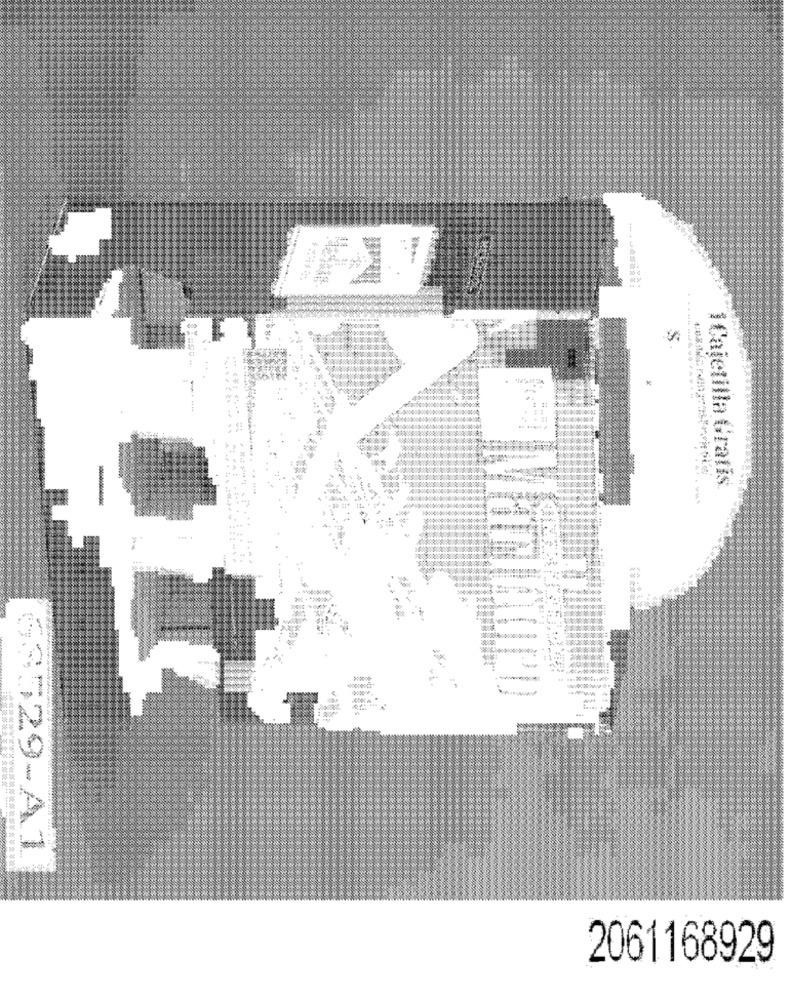
----
i Cajetilla Gratis
-
68529-A1
2061168929